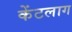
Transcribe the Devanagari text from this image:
केंटलाग